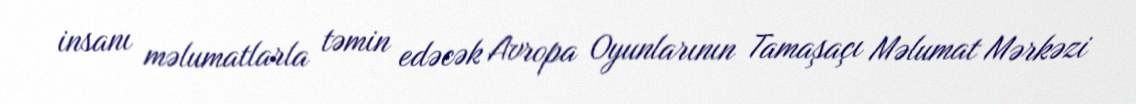
insanı məlumatlarla təmin edəcək Avropa Oyunlarının Tamaşaçı Məlumat Mərkəzi